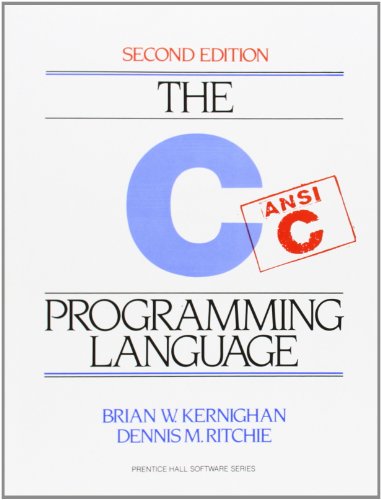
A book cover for The C Programming Language; Brian W. Kernighan; Computers & Technology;